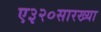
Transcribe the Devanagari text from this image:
ए३२०सारख्या